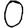
Digit: 0